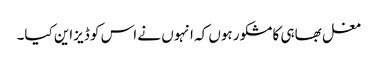
مغل بھاہی کا مشکور ہوں کہ انہوں نے اس کو ڈیزاین کیا۔